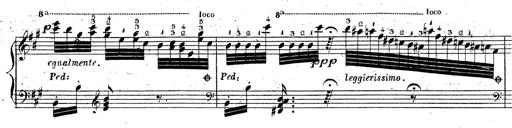
Title: Grande fantaisie sur la tyrolienne de l'opÃ©ra
Composer: Franz Liszt
Key: A major